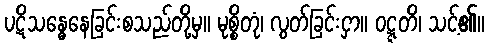
ပဋိသန္ဓေနေခြင်းစသည်တို့မှ။ မုစ္စိတုံ၊ လွတ်ခြင်းငှာ။ ဝဋ္ဋတိ၊ သင့်၏။